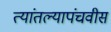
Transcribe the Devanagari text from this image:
त्यांतल्यापंचवीस